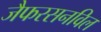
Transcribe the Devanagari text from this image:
जैफरसनविल